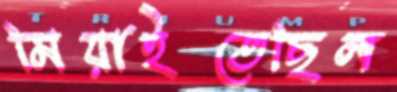
মিয়াইতেছিল